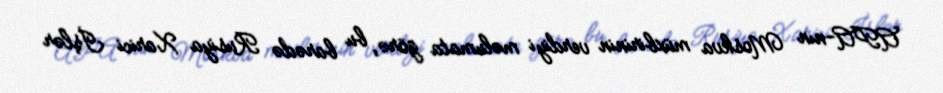
APA-nın Moskva müxbirinin verdiyi məlumata görə, bu barədə Rusiya Xarici İşlər